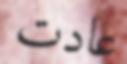
عادت